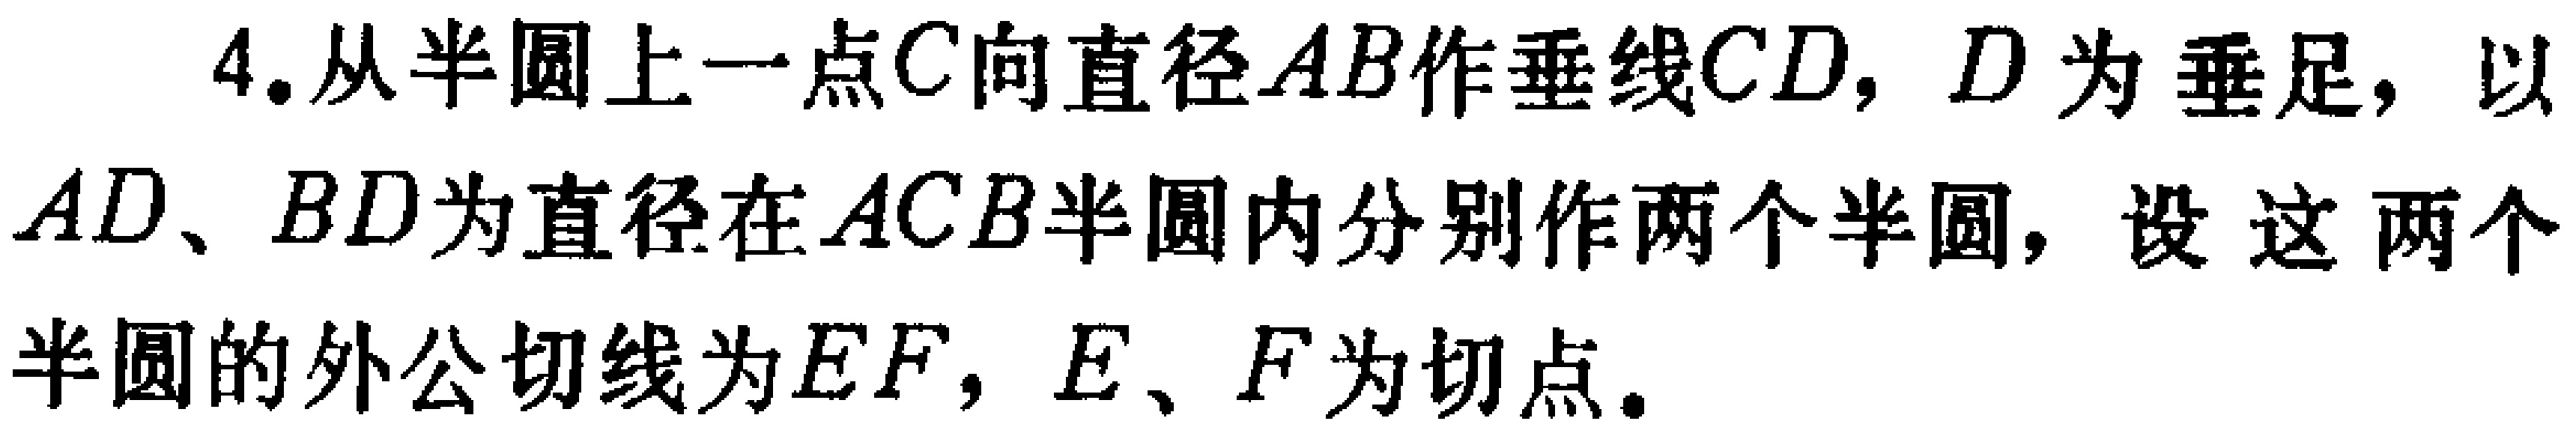
4. 从半圆上一点\(C\)向直径\(AB\)作垂线\(CD\)，\(D\)为垂足，以\(AD\)、\(BD\)为直径在\(ACB\)半圆内分别作两个半圆，设这两个半圆的外公切线为\(EF\)，\(E\)、\(F\)为切点。